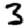
Digit: 3